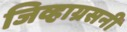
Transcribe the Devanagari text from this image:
जिव्हाग्रसनी